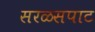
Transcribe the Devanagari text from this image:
सरळसपाट